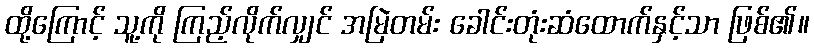
ထို့ကြောင့် သူ့ကို ကြည့်လိုက်လျှင် အမြဲတမ်း ခေါင်းတုံးဆံထောက်နှင့်သာ ဖြစ်၏။